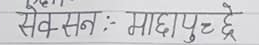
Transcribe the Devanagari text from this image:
सेक्सन : माछापुच्छ्रे